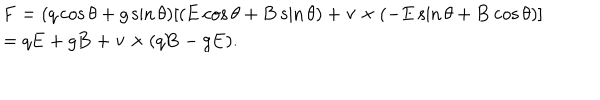
\begin{array} { l } { { \mathbf { F } = ( q \cos \theta + g \sin \theta ) [ ( \mathbf { E } \cos \theta + \mathbf { B } \sin \theta ) + \mathbf { v } \times ( - \mathbf { E } \sin \theta + \mathbf { B } \cos \theta ) ] } } \\ { { = q \mathbf { E } + g \mathbf { B } + \mathbf { v } \times ( q \mathbf { B } - g \mathbf { E } ) . } } \\ \end{array}